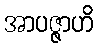
အာပဇ္ဇာဟိ